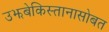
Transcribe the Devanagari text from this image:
उझबेकिस्तानासोबत